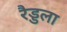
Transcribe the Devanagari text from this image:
रैड्डला